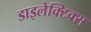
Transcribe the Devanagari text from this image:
डाइलेक्टिक्स